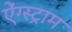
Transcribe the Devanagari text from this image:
ऐंग्स्ट्राम